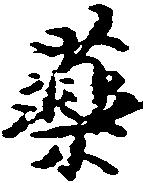
薬